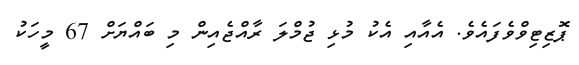
ޕޮޒިޓިވްވެފައެވެ. އެއާއި އެކު މުޅި ޖުމްލަ ރާއްޖެއިން މި ބައްޔަށް 67 މީހަކު